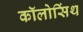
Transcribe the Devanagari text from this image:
कॉलोसिंथ